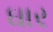
ઘાર